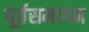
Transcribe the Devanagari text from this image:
धूर्तसमागम